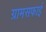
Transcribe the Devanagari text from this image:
ग्रामसफाई